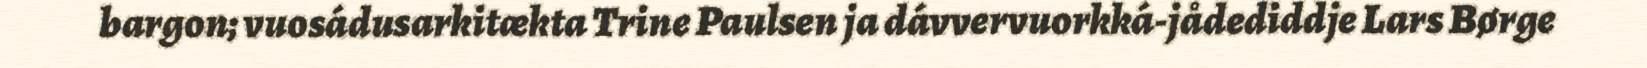
bargon; vuosádusarkitækta Trine Paulsen ja dávvervuorkká-jådediddje Lars Børge